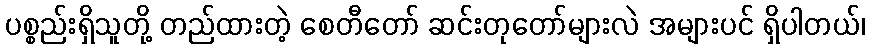
ပစ္စည်းရှိသူတို့ တည်ထားတဲ့ စေတီတော် ဆင်းတုတော်များလဲ အများပင် ရှိပါတယ်၊